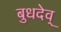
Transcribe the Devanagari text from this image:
बुधदेव्